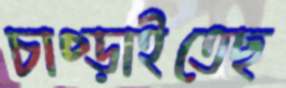
চাপ্‌ড়াইতেছ